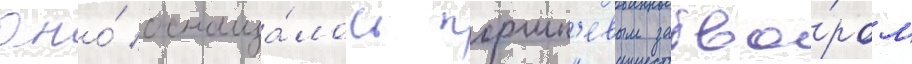
Оно́ оснаща́лось поршн'евым затво́ром